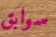
سوابق